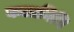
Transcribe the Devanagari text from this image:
कलानिथि